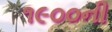
૧૯૦૦ની